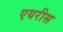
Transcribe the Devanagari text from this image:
एयरीस